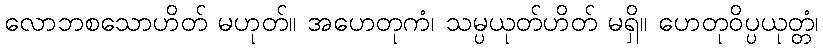
လောဘစသောဟိတ် မဟုတ်။ အဟေတုကံ၊ သမ္ပယုတ်ဟိတ် မရှိ။ ဟေတုဝိပ္ပယုတ္တံ၊